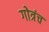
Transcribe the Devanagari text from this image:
गोत्रंच